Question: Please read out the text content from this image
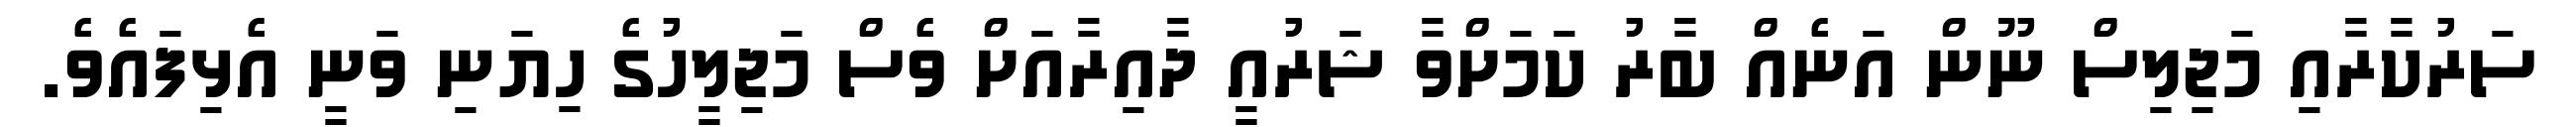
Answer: ސަރުކާރާއި މަޖިލިސް ނޫން އަނެއް ބާރު ކަމަށްވާ ޝަރުއީ ދާއިރާއަށް ވެސް މަޖިލީހުގެ ހިޔަނި ވަނީ އެޅިފައެވެ.